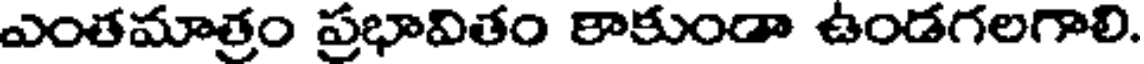
ఎంతమాత్రం ప్రభావితం కాకుండా ఉండగలగాలి.